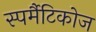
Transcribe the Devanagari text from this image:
स्पर्मैटिकोज